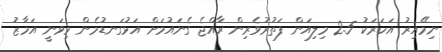
ނިމޭއިރު އަހަރަކު 2.5 މިލިއަން ފަތުރުވެރިން ރާއްޖެ ގެނައުމަށް އަޅުގަނޑުމެން މިވަނީ އަމާޒު